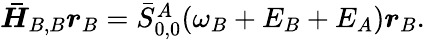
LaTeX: \begin{array}{r}{\boldsymbol{\bar{H}}_{B,B}\boldsymbol{r}_{B}=\bar{S}_{0,0}^{A}(\omega_{B}+E_{B}+E_{A})\boldsymbol{r}_{B}.}\end{array}